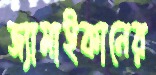
জ্যামাইকানের